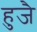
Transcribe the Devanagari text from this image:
हुजै